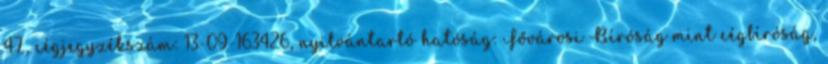
47., cégjegyzékszám: 13-09-163426, nyilvántartó hatóság: Fővárosi Bíróság mint cégbíróság,